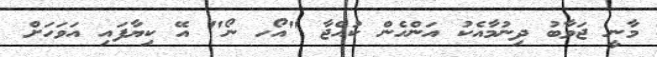
މާނީ ޖަވާބު ދިނުމާއެކު އަންހެން ކުއްޖާ "އޯހ ނޯ" އޭ ކިޔާފައި އަވަހަށް